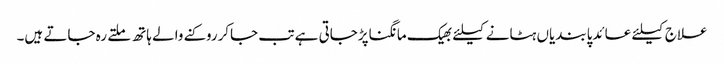
علاج کیلئے عائدپابندیاں ہٹانے کیلئے بھیک مانگناپڑجاتی ہے تب جاکرروکنے والے ہاتھ ملتے رہ جاتے ہیں۔